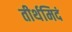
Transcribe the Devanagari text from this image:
तीर्थमिदं